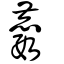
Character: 麚